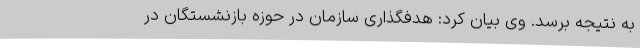
به نتیجه برسد. وی بیان کرد: هدفگذاری سازمان در حوزه بازنشستگان در